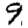
Digit: 9